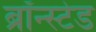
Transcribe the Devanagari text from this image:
ब्रॉन्स्टेड